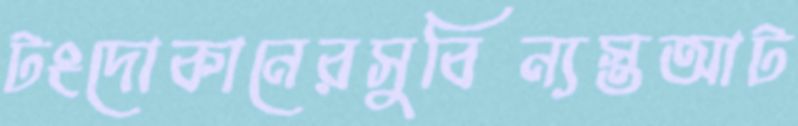
টংদোকানেরসুবিন্যস্তআট